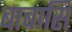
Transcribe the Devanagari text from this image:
बाबासि